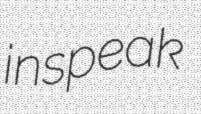
inspeak